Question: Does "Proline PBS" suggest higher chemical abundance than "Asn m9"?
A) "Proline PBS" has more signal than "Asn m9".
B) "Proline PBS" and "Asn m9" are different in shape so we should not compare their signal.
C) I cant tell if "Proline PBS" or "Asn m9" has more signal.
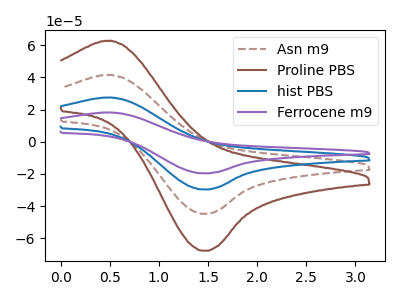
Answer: <think>The brown dashed curve "Asn m9" has an anodic peak at (0.50V, 41.50uA) and a cathodic peak at (1.45V, -44.80uA). The brown curve "Proline PBS" has an anodic peak at (0.50V, 62.70uA) and a cathodic peak at (1.45V, -67.70uA). The blue curve "hist PBS" has an anodic peak at (0.50V, 83.00uA) and a cathodic peak at (1.45V, -89.60uA). The purple curve "Ferrocene m9" has an anodic peak at (0.50V, 124.50uA) and a cathodic peak at (1.45V, -134.35uA).
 All the peaks in "Proline PBS" have a peak in "Asn m9" at the same potential. Every peak in "Proline PBS" is higher than every peak in "Asn m9".</think>
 <answer>A) "Proline PBS" has more signal than "Asn m9".</answer>
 <eval>A</eval>